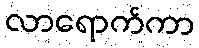
လာရောက်ကာ